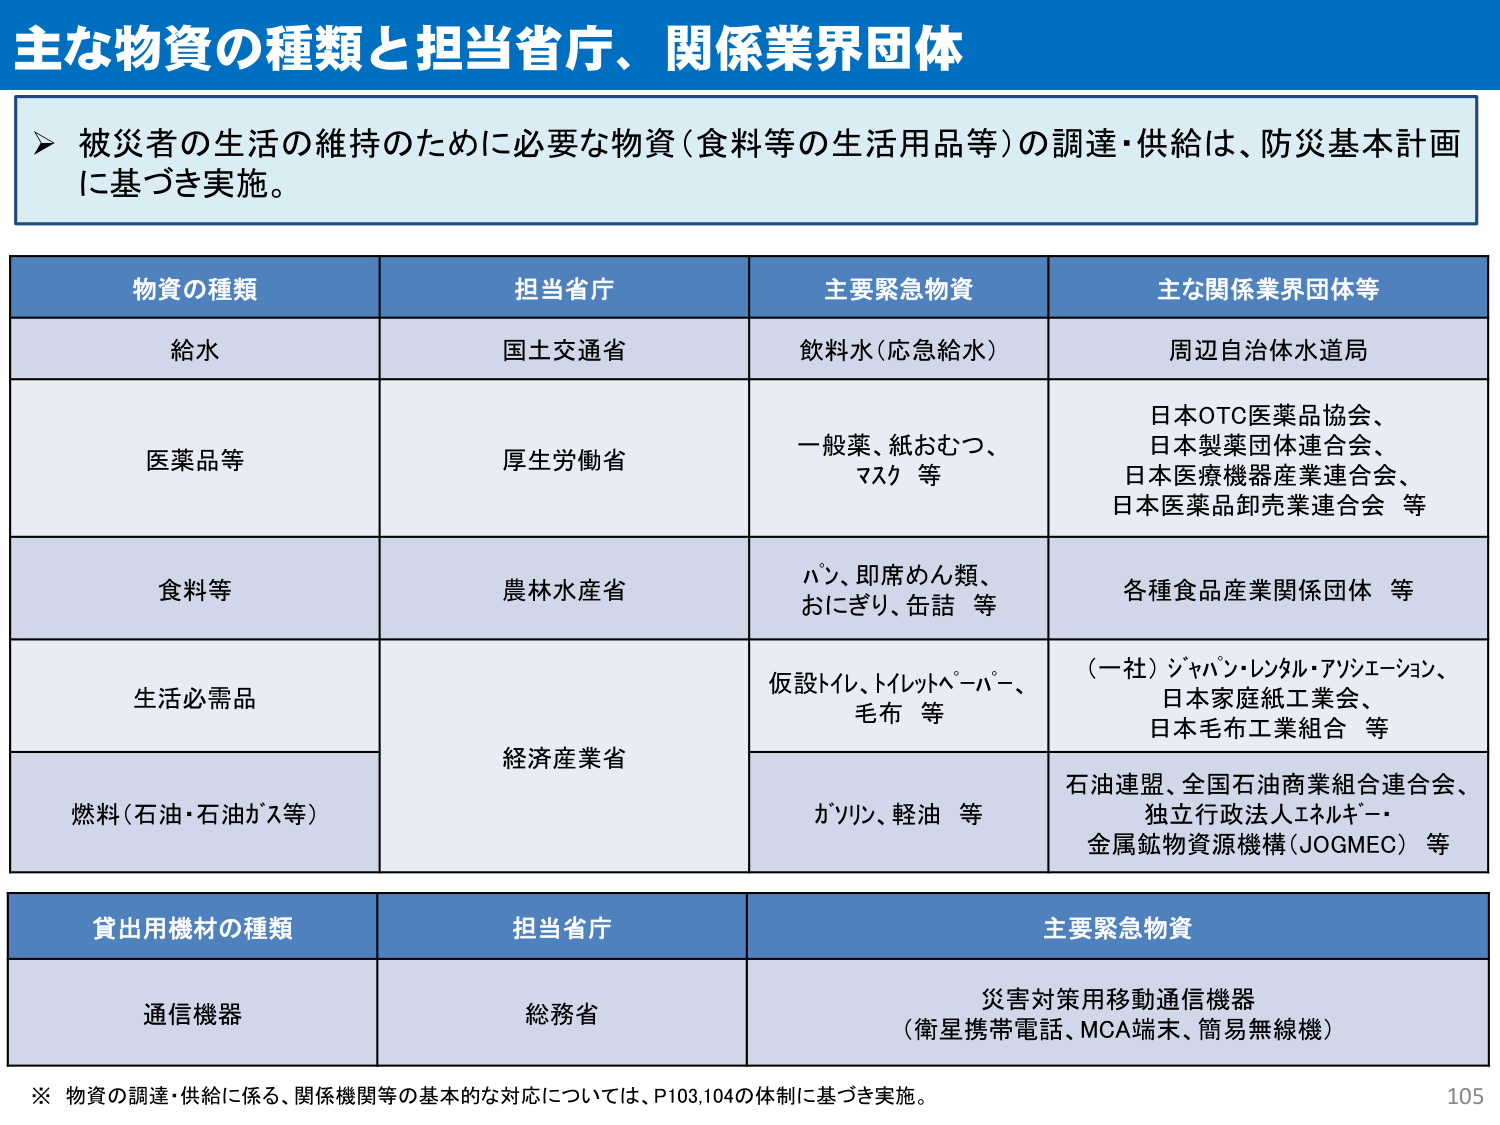
主な物資の種類と担当省庁、関係業界団体

被災者の生活の維持のために必要な物資（食料等の生活用品等）の調達・供給は、防災基本計画に基づき実施。

物資の種類　担当省庁　主要緊急物資　主な関係業界団体等
給水　国土交通省　飲料水（応急給水）　周辺自治体水道局
医薬品等　厚生労働省　一般薬、紙おむつ、マスク 等　日本OTC医薬品協会、日本製薬団体連合会、日本医療機器産業連合会、日本医薬品卸売業連合会 等
食料等　農林水産省　パン、即席めん類、おにぎり、缶詰 等　各種食品産業関係団体 等
生活必需品　経済産業省　仮設トイレ、トイレットペーパー、毛布 等　（一社）ジャパン・レンタル・アソシエーション、日本家庭紙工業会、日本毛布工業組合 等
燃料（石油・石油ガス等）　　ガソリン、軽油 等　石油連盟、全国石油商業組合連合会、独立行政法人エネルギー・金属鉱物資源機構（JOGMEC） 等

貸出用機材の種類　担当省庁　主要緊急物資
通信機器　総務省　災害対策用移動通信機器（衛星携帯電話、MCA端末、簡易無線機）

※ 物資の調達・供給に係る、関係機関等の基本的な対応については、P103,104の体制に基づき実施。
105